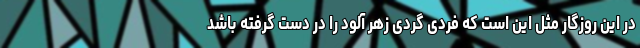
در این روزگار مثل این است که فردی گردی زهر آلود را در دست گرفته باشد